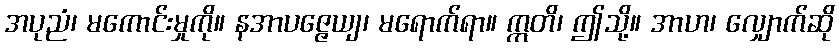
အပုညံ၊ မကောင်းမှုကို။ နအာပဇ္ဇေယျ၊ မရောက်ရာ။ ဣတိ၊ ဤသို့။ အာဟ၊ လျှောက်ဆို